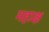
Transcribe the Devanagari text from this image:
महाक्ष